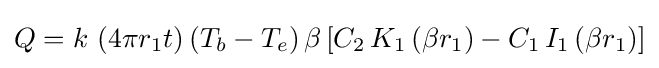
Q=k\,\left(4\pi r_{1}t\right)\left(T_{b}-T_{e}\right)\beta \left[C_{2}\,K_{1}\left(\beta r_{1}\right)-C_{1}\,I_{1}\left(\beta r_{1}\right)\right]